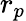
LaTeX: r_{p}